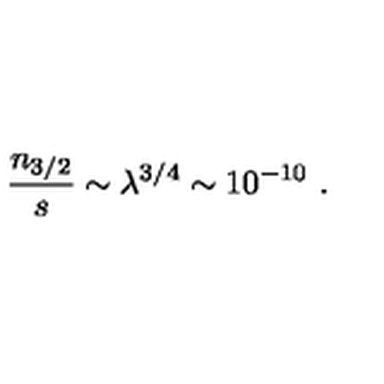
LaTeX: { \frac { n _ { 3 / 2 } } { s } } \sim \lambda ^ { 3 / 4 } \sim 1 0 ^ { - 1 0 } \ .